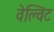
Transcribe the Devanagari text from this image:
वेल्विट